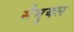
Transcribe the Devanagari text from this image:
सैमुयल